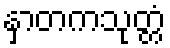
နှာတကသုတ္တံ